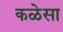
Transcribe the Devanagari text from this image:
कळेसा